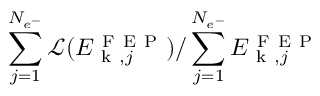
\sum _ { j = 1 } ^ { N _ { e ^ { - } } } \mathcal { L } ( E _ { \mathrm { ~ k ~ } , j } ^ { \mathrm { ~ F ~ E ~ P ~ } } ) / \sum _ { j = 1 } ^ { N _ { e ^ { - } } } E _ { \mathrm { ~ k ~ } , j } ^ { \mathrm { ~ F ~ E ~ P ~ } }